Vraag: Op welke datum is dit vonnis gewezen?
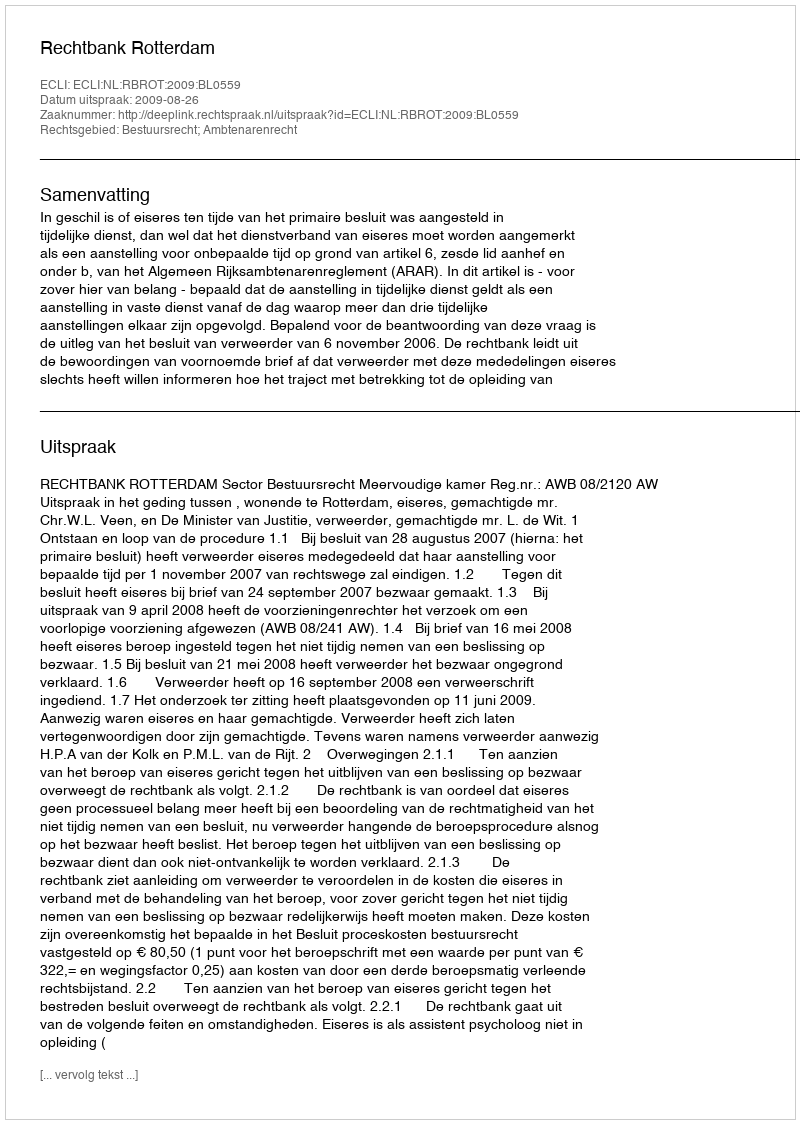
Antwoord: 2009-08-26